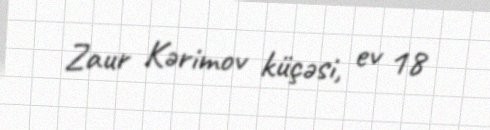
Zaur Kərimov küçəsi, ev 18